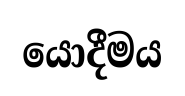
යොදීමය